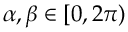
\alpha , \beta \in [ 0 , 2 \pi )